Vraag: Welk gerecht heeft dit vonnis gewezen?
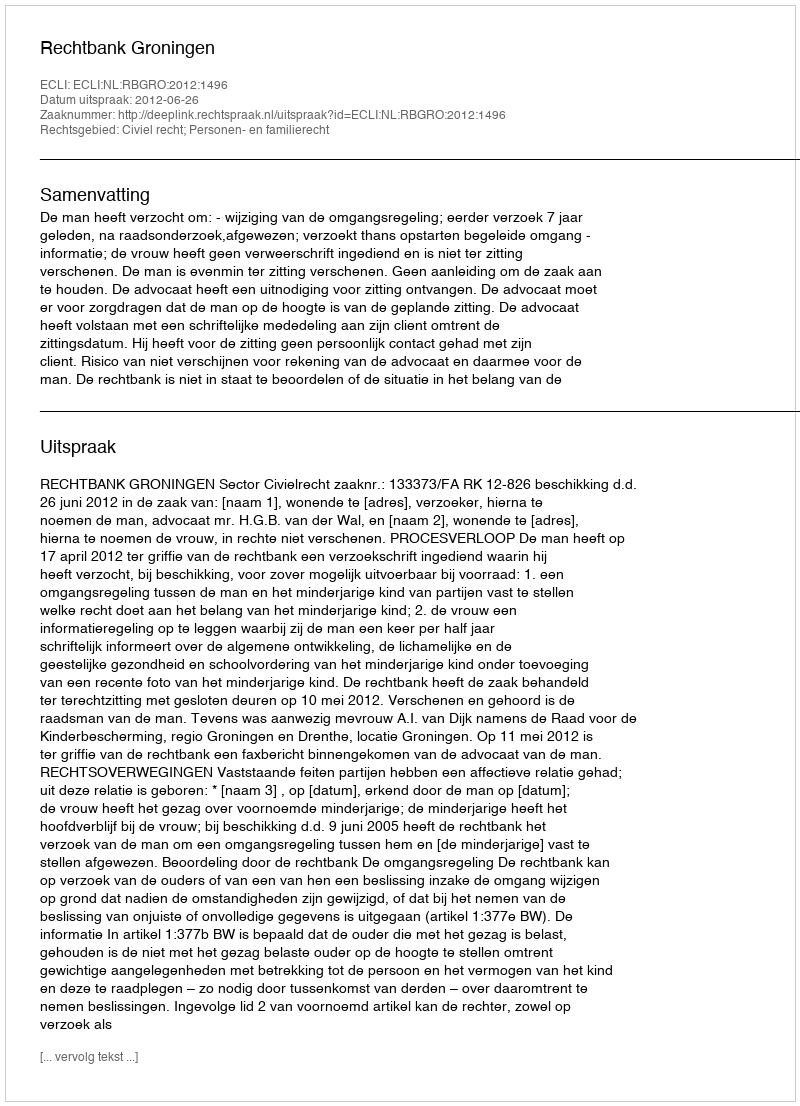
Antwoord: Rechtbank Groningen